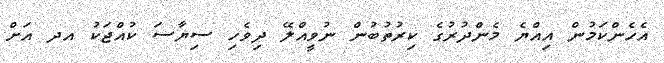
އެހެންކަމުން އިއްޔެ މެންދުރުގެ ކިރުތުބުން ނުވީއްލޭ ދިވެހި ސިޔާސަ ކުއްޖަކު އދ އަށް